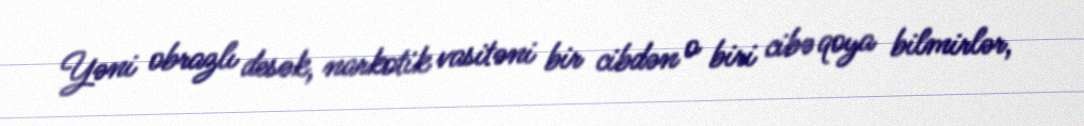
Yəni obrazlı desək, narkotik vasitəni bir cibdən o biri cibə qoya bilmirlər,